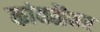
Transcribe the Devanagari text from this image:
कांबळेंवर